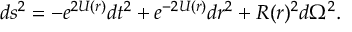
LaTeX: d s ^ { 2 } = - e ^ { 2 U ( r ) } d t ^ { 2 } + e ^ { - 2 U ( r ) } d r ^ { 2 } + R ( r ) ^ { 2 } d \Omega ^ { 2 } .